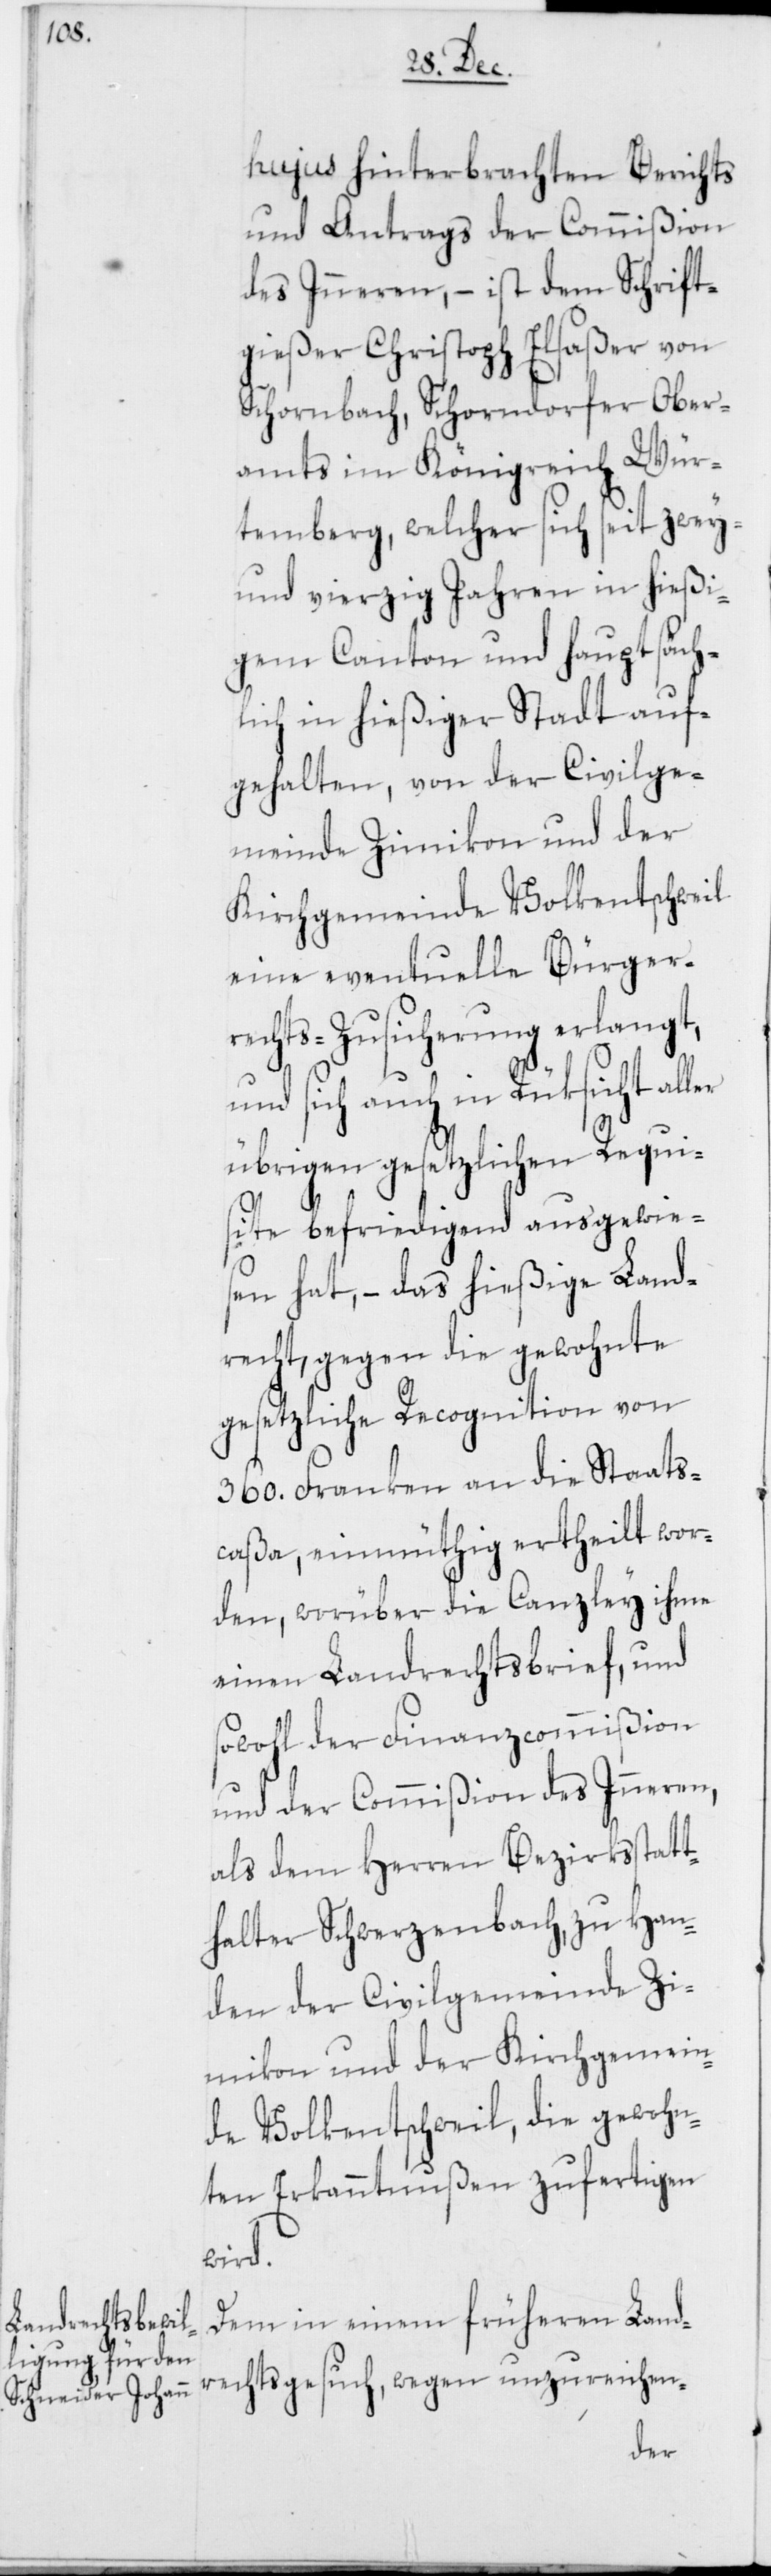
Kirchgemein¬

hujus hinterbrachten Berichts
und Antrags der Commißion
des Inneren, – ist dem Schrift¬
gießer Christoph Elsaßer von
Schornbach, Schorndorfer Ober¬
amts im Königreich Wür¬
temberg, welcher sich seit zwey¬
undvierzig Jahren in hießi¬
gem Canton und hauptsäch¬
lich in hießiger Stadt auf¬
gehalten, von der Civilge¬
meinde Zimikon und der
Kirchgemeinde Volkentschweil
eine eventuelle Bürger¬
rechts-Zusicherung erlangt,
und sich auch in Rüksicht aller
übrigen gesetzlichen Requi¬
site befriedigend ausgewie¬
sen hat, – das hießige Land¬
recht, gegen die gewohnte
gesetzliche Recognition von
360. Franken an die Staats¬
caßa, einmüthig ertheilt wor¬
den, worüber die Canzley ihme
einen Landrechtsbrief, und
sowohl der Finanzcommißion
und der Commißion des Inneren,
als dem Herren Bezirksstatt¬
halter Schwerzenbach, zu Han¬
den der Civilgemeinde Zi¬
de Volkentschweil, die gewohn¬
ten Erkanntnußen zufertigen
wird.
Dem in einem früheren Land¬
rechtsgesuch, wegen unzureichen-
der